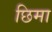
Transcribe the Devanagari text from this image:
छिमा